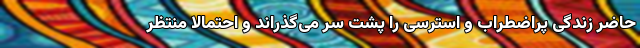
حاضر زندگی پراضطراب و استرسی را پشت سر می‌گذراند و احتمالا منتظر